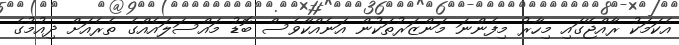
އެކަމަކު ރާއްޖޭގައި މިހާރު މިފެންނަ މަންޒަރުތަކުން އަނެއްކާވެސް ބޮޑު މައްސަލައެއްގެ ތެރެއަށް ދިއުމުގެ